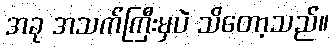
အခု အသက်ကြီးမှပဲ သိတော့သည်။